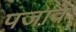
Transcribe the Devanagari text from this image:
पजावे